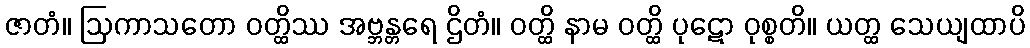
ဇာတံ။ ဩကာသတော ဝတ္ထိဿ အဗ္ဘန္တရေ ဌိတံ။ ဝတ္ထိ နာမ ဝတ္ထိ ပုဋော ဝုစ္စတိ။ ယတ္ထ သေယျထာပိ